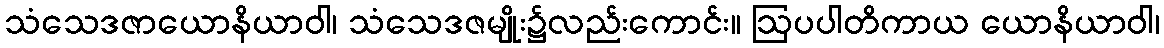
သံသေဒဇာယောနိယာဝါ၊ သံသေဒဇမျိုး၌လည်းကောင်း။ ဩပပါတိကာယ ယောနိယာဝါ၊